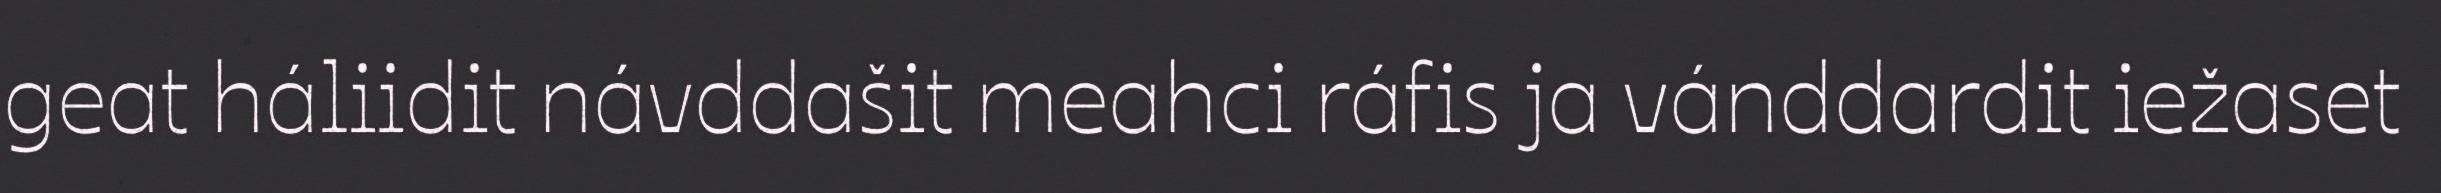
geat háliidit návddašit meahci ráfis ja vánddardit iežaset